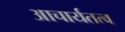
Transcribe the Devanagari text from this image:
आचार्यतत्व